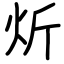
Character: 炘